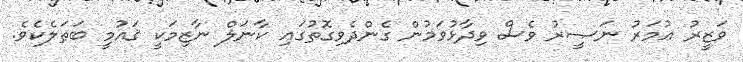
ވަޒީރު ޢުމަރު ނަޞީރު ވެސް ވިދާޅުވަމުން ގެންދެވިގޮތުގައި ކާނަލް ނާޒިމަކީ ޤައުމީ ބަޠަލެކެވެ.